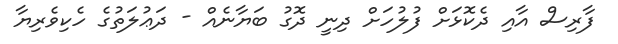
ފާރިސް އާއި ދެކޮޅަށް ފުލުހަށް ދިނީ ދޮގު ބަޔާނެއް - ދަޢުލަތުގެ ހެކިވެރިޔާ